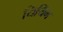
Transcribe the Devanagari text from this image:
यियिंग